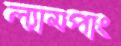
ল্যামপাং